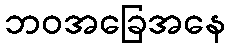
ဘဝအခြေအနေ